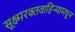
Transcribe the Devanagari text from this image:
सूक्ष्मरक्तवाहिन्यामधून